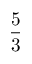
\frac 5 3